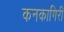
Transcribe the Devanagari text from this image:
कनकागिरी